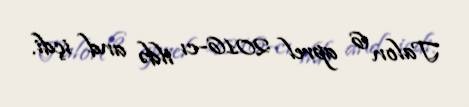
Talon 6 aprel 2016-cı ildə and içdi.